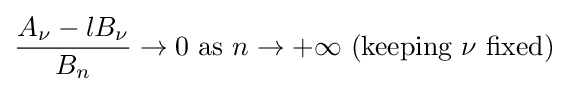
{\frac {A_{\nu }-lB_{\nu }}{B_{n}}}\to 0{\text{ as }}n\to +\infty {\text{ (keeping }}\nu {\text{ fixed)}}